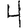
Digit: 4